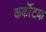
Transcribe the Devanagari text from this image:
कर्कॊटक